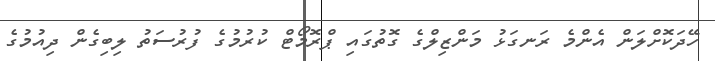
ހޭދަކޮށްލަން އެންމެ ރަނގަޅު މަންޒިލްގެ ގޮތުގައި ޕްރޮމޯޓް ކުރުމުގެ ފުރުސަތު ލިބިގެން ދިއުމުގެ